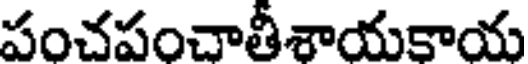
పంచపంచాతీశాయకాయ